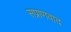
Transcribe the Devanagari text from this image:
सप्राणवाद